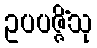
ဥပပဇ္ဇိံသု